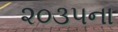
૨૦૩૫ના